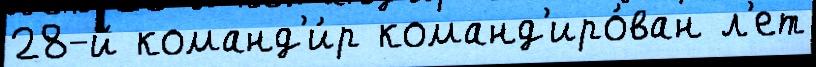
28-й команд'и́р команд'иро́ван л'ет